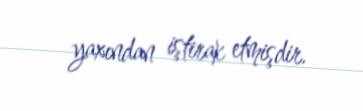
yaxından iştirak etmişdir.